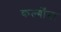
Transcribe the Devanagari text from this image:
कर्ल्गींना